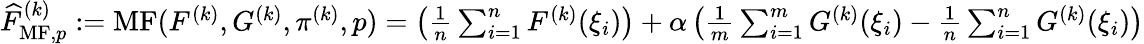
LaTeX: \begin{array}{r}{\widehat{F}_{\mathrm{MF},p}^{(k)}:=\operatorname{MF}(F^{(k)},G^{(k)},\pi^{(k)},p)=\left(\frac{1}{n}\sum_{i=1}^{n}F^{(k)}(\xi_{i})\right)+\alpha\left(\frac{1}{m}\sum_{i=1}^{m}G^{(k)}(\xi_{i})-\frac{1}{n}\sum_{i=1}^{n}G^{(k)}(\xi_{i})\right)}\end{array}